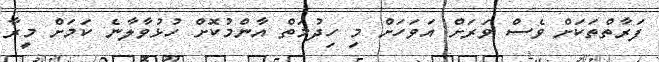
ފަރާތްތަކަށް ވެސް ވަރަށް އަވަހަށް މި ހިދުމަތް އާންމުކޮށް ހުޅުވާލާނެ ކަމަށް މީރާ